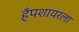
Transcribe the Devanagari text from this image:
हँपशायरला